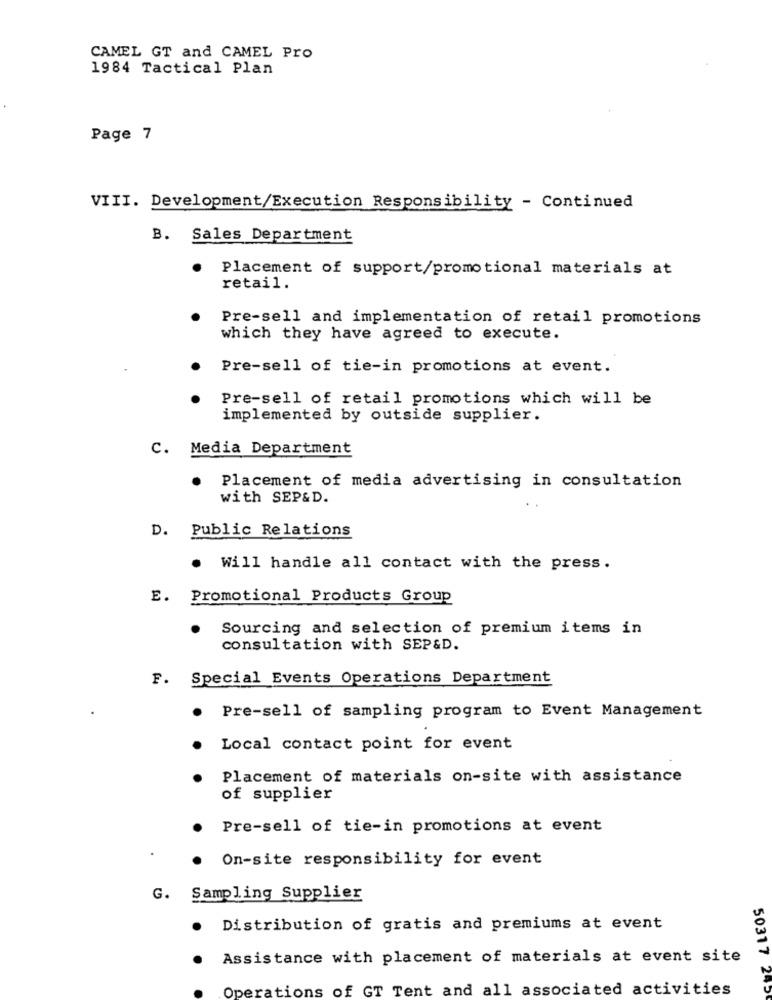
CAMEL GT and CAMEL Pro
1984 Tactical Plan
Page 7
VIII. Development/Execution Responsibility - Continued
B. Sales Department
Placement of support/promotional materials at
retail.
Pre-sell and implementation of retail promotions
which they have agreed to execute.
Pre-sell of tie-in promotions at event.
Pre-sell of retail promotions which will be
implemented by outside supplier.
C. Media Department
Placement of media advertising in consultation
with SEP&D.
D. Public Relations
·
Will handle all contact with the press.
E. Promotional Products Group
Sourcing and selection of premium items in
consultation with SEP&D.
F. Special Events Operations Department
Pre-sell of sampling program to Event Management
.
Local contact point for event
Placement of materials on-site with assistance
of supplier
Pre-sell of tie-in promotions at event
On-site responsibility for event
G. Sampling Supplier
Distribution of gratis and premiums at event
Assistance with placement of materials at event site
Operations of GT Tent and all associated activities
50317 245